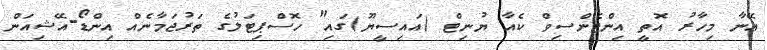
އޭނާ މިހާރު އޮތީ އިންޓެންސިވް ކެއާ ޔުނިޓް (އައިސީޔޫ)ގައި" ހޮސްޕިޓަލުގެ ތަރުޖަމާނެއް އިންޑޯ-އޭޝިއަން